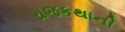
રાજકથાની